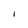
Character: I